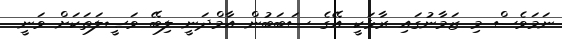
ނަމަވެސް މި ޒަމާނުގައި ރާޅަކީ އޭގެ ސަބަބުން އާމްދަނީ ލިބޭ ވަޞީލަތަކަށް ވަނީ